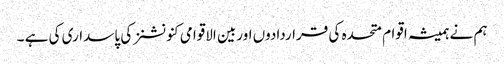
ہم نے ہمیشہ اقوام متحدہ کی قراردادوں اوربین الاقوامی کنونشنز کی پاسداری کی ہے ۔